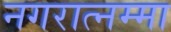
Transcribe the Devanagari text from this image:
नगरात्नम्मा